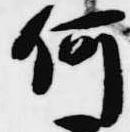
何